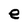
Character: e